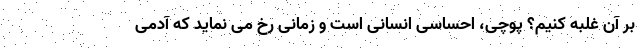
بر آن غلبه کنیم؟ پوچی، احساسی انسانی است و زمانی رخ می نماید که آدمی